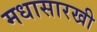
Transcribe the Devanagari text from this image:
मधासारखी